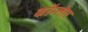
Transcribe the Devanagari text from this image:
कॉम्लेार